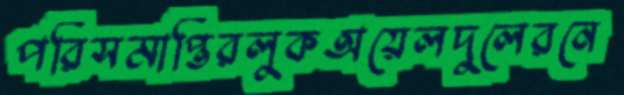
পরিসমাপ্তিরলুকঅয়েলদুলেরনে